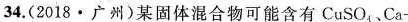
34. (2018·广州)某固体混合物可能含有CuSO_{4}、Ca-